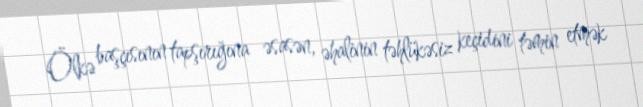
Ölkə başçısının tapşırığına əsasən, əhalinin təhlükəsiz keçidini təmin etmək